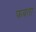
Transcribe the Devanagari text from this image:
फबता